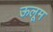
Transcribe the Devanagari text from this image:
ऊलूम